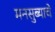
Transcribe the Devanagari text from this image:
मनसुब्याचे